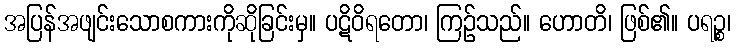
အပြန်အဖျင်းသောစကားကိုဆိုခြင်းမှ။ ပဋိဝိရတော၊ ကြဉ်သည်။ ဟောတိ၊ ဖြစ်၏။ ပရဉ္စ၊